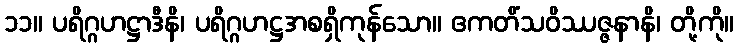
၁၁။ ပရိဂ္ဂဟဋ္ဌာဒီနိ၊ ပရိဂ္ဂဟဋ္ဌအစရှိကုန်သော။ ဧကတိံသဝိဿဇ္ဇနာနိ၊ တို့ကို။